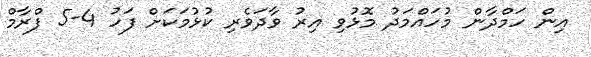
އިން ހަމްދާން މުހައްމަދު މޮޅުވި އިރު ވާދަވެރި ކުޅުމަކަށް ފަހު 4-5 ފްރާމް